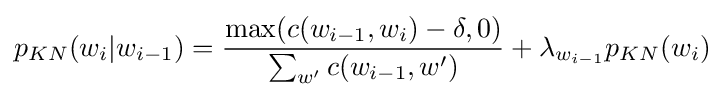
p_{KN}(w_{i}|w_{i-1})={\frac {\max(c(w_{i-1},w_{i})-\delta ,0)}{\sum _{w'}c(w_{i-1},w')}}+\lambda _{w_{i-1}}p_{KN}(w_{i})